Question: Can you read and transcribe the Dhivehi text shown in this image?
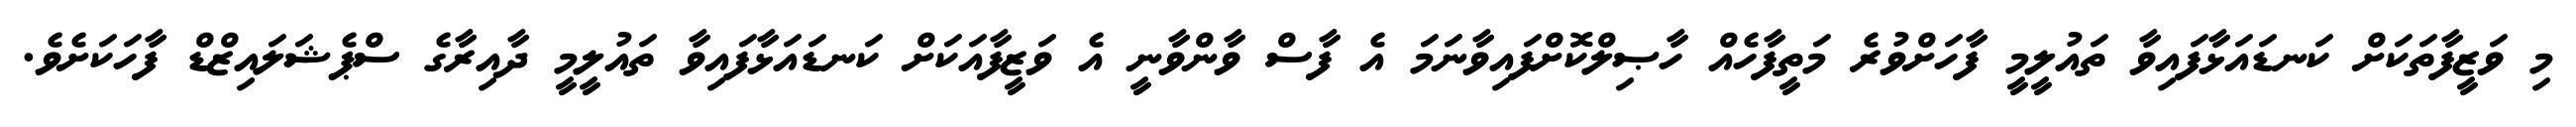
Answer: މި ވަޒީފާތަކަށް ކަނޑައަޅާފައިވާ ތައުލީމީ ފާހަށްވުރެ މަތީފާހެއް ހާޞިލްކޮށްފައިވާނަމަ އެ ފާސް ވާންވާނީ އެ ވަޒީފާއަކަށް ކަނޑައަޅާފައިވާ ތައުލީމީ ދާއިރާގެ ސްޕެޝަލައިޒްޑް ފާހަކަށެވެ.